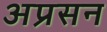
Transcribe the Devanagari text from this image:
अप्रसन